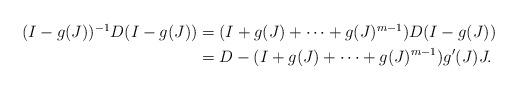
LaTeX: \begin{align*}\begin{aligned}(I-g(J))^{-1}D(I-g(J))&=(I+g(J)+\cdots+g(J)^{m-1})D(I-g(J))\\&=D-(I+g(J)+\cdots+g(J)^{m-1})g'(J)J.\end{aligned}\end{align*}